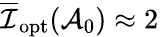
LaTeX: \overline{{\mathcal{I}}}_{\mathrm{opt}}(\mathcal{A}_{0})\approx 2\